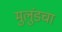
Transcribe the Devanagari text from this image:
मुलुंडचा